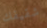
شقيقك